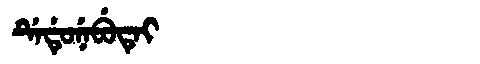
Manchu: ᡩᡝᡩᡠᠨᡝᠪᡠᡨᡝᡳ
Romanization: DEDUNEBUTEI